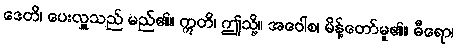
ဒေတိ၊ ပေးလှူသည် မည်၏။ ဣတိ၊ ဤသို့။ အဝေါစ၊ မိန့်တော်မူ၏။ ဓီရော၊